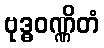
ဗုဒ္ဓဝဏ္ဏိတံ